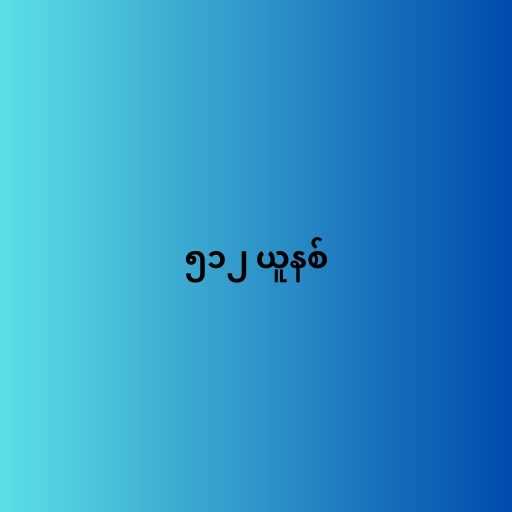
၅၁၂ ယူနစ်